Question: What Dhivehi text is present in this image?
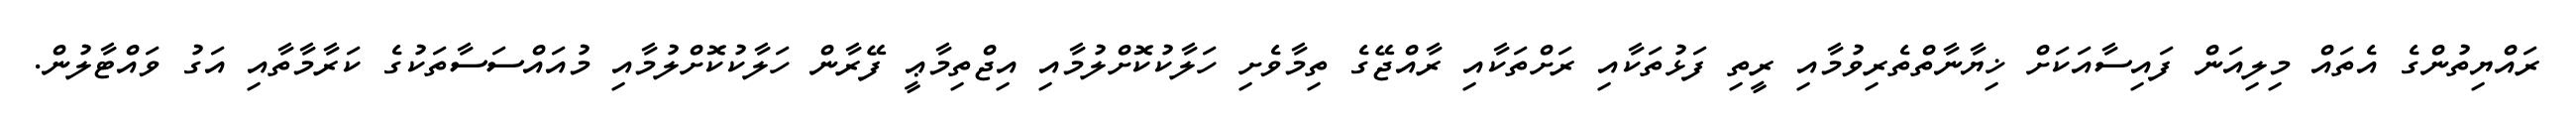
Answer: ރައްޔިތުންގެ އެތައް މިލިއަން ފައިސާއަކަށް ޚިޔާނާތްތެރިވުމާއި ރީތި ފަޅުތަކާއި ރަށްތަކާއި ރާއްޖޭގެ ތިމާވެށި ހަލާކުކޮށްލުމާއި އިޖްތިމާޢީ ފޭރާން ހަލާކުކޮށްލުމާއި މުއައްސަސާތަކުގެ ކަރާމާތާއި އަގު ވައްޓާލުން.